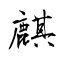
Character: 麒